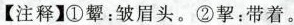
【注释】①颦：皱眉头。② 挈：带着。